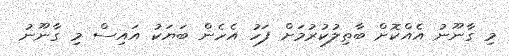
މި ގާނޫނު އެއްކޮށް ބާތިލުކުރުމަށް ފަހު އެހެން ބަޔަކު އައިސް މި ގާނޫނު